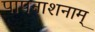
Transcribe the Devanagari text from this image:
पापनाशनाम्